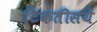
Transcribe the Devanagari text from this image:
टिकतीसयें